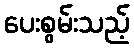
ပေးစွမ်းသည့်